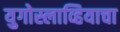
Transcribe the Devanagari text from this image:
युगोस्लाव्हियाचा